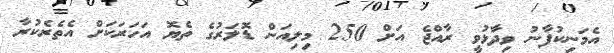
އެމަނިކުފާނު ވިދާޅުވީ ރާއްޖެ އަށް 250 މިލިއަން ޑޮލަރުގެ ތެޔޮ އަހަރަކަށް އެތެރެކުރާ